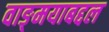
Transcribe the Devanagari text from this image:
वाङ्‌मयाबद्दल